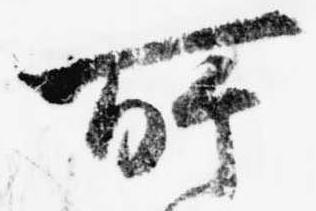
所